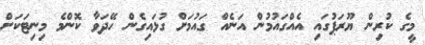
މީގެ ކުރިން ޔޫރަޕުގައި އެއްގައުމުން އަނެއް ގައުމަށް ގުޅައިގެން ހޭދަވާ ކޮންމެ މިނިޓަކަށް